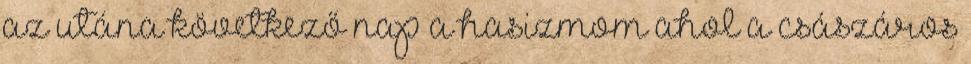
az utána következő nap a hasizmom ahol a császáros